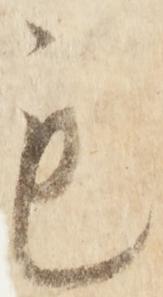
も